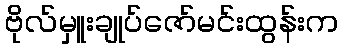
ဗိုလ်မှူးချုပ်ဇော်မင်းထွန်းက